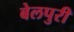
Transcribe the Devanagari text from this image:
बेलपुरी